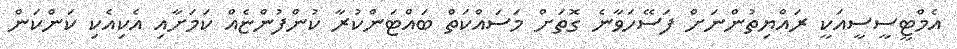
އެމްޓީސީސީއަކީ ރައްޔިތުންނަށް ފަސޭހަވާނެ ގޮތަށް މަސައްކަތް ބައްޓަންކުރާ ކުންފުންޏެއް ކަމަށާއި އެކިއެކި ކަންކަން